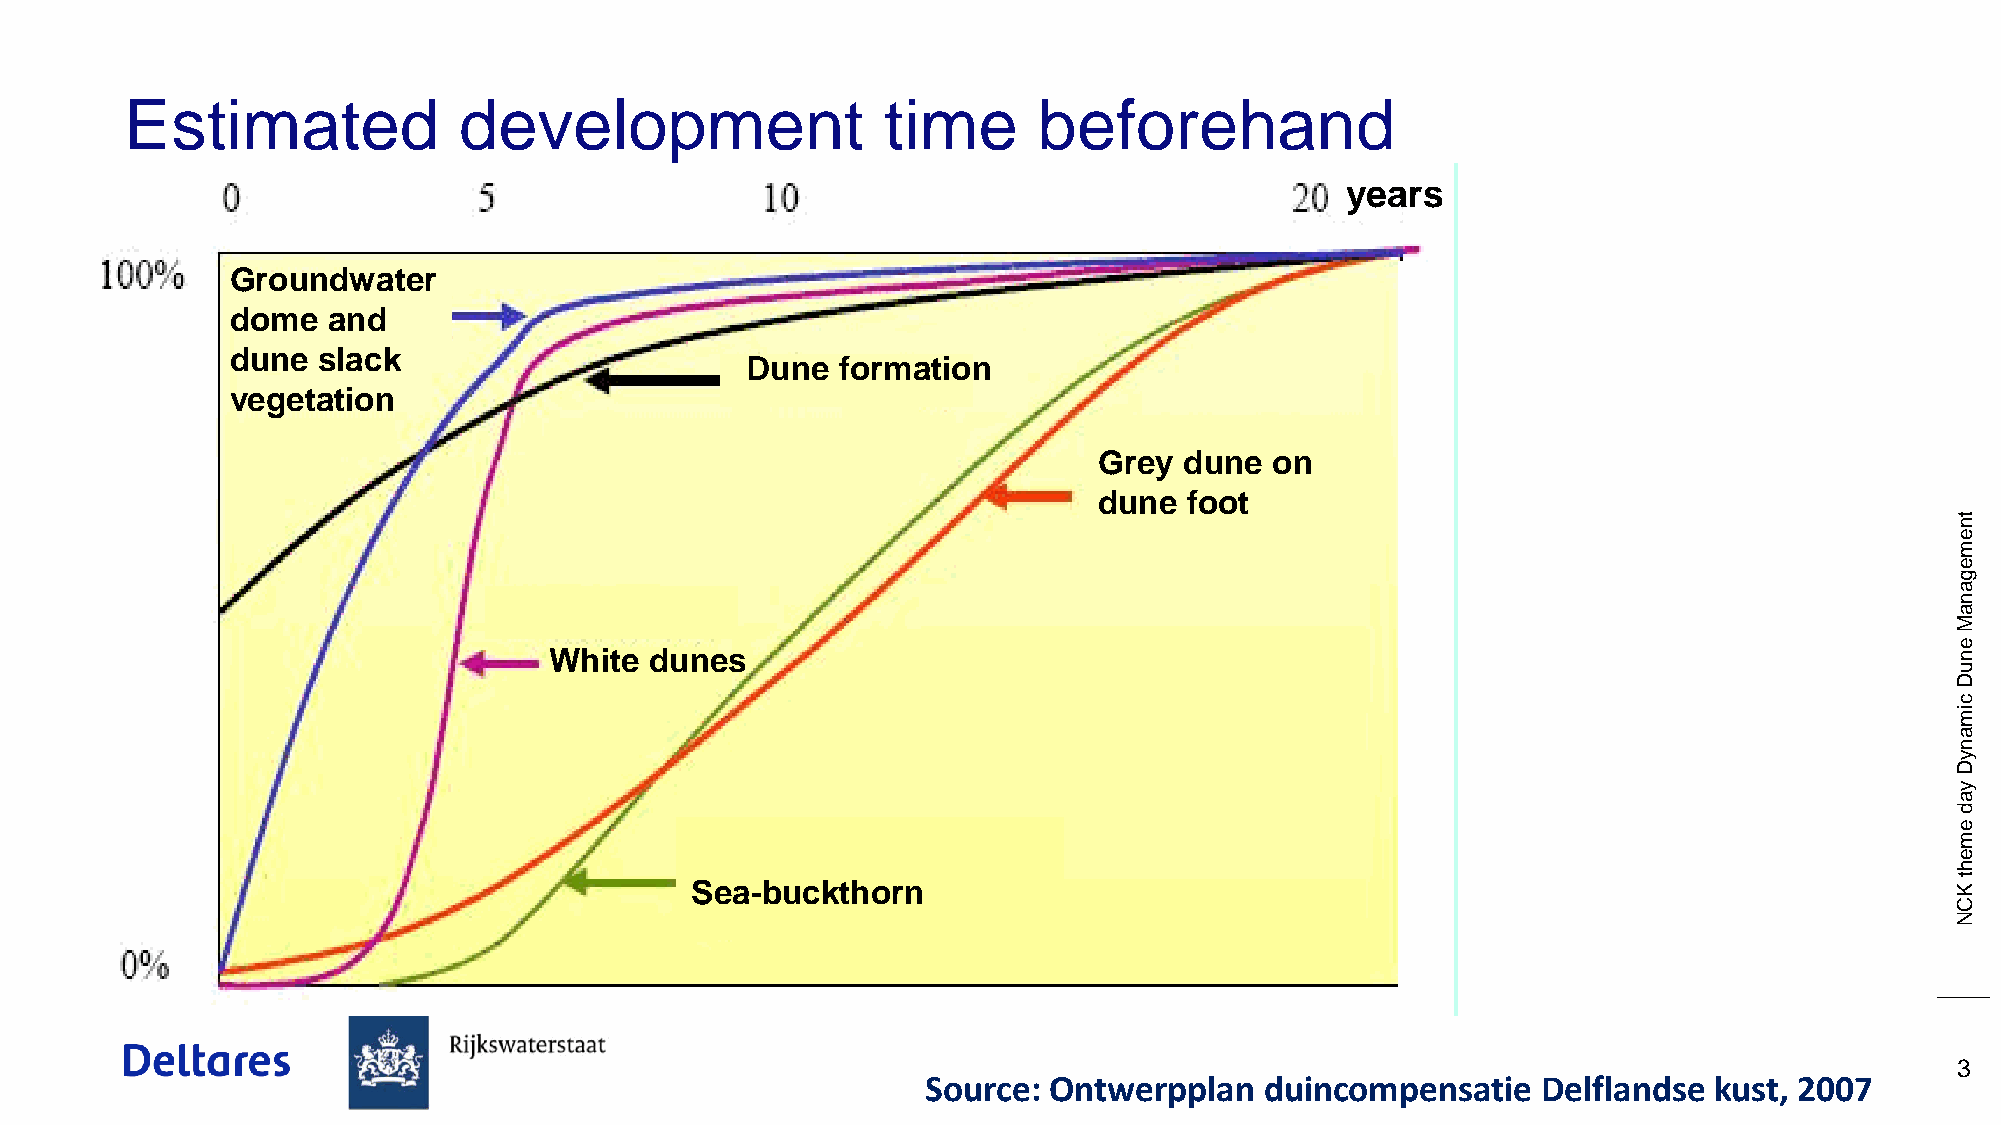
Estimated             development                  time      beforehand
 years
 Groundwater
 dome   and
 dune  slack
 Dune   formation
 vegetation
 Grey dune  on
 dune  foot
 tn
 e
 m
 e
 g
 a
 n
 a
 M
 e
 White  dunes                                                                                 n
 u
 D
 c
 im
 a
 n
 y
 D
 y
 a
 d
 e
 m
 e
 h
 Sea-buckthorn
 t
 K
 C
 N
 3
 Source: Ontwerpplan    duincompensatie   Delflandse kust, 2007